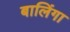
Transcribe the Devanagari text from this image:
बालिंगा